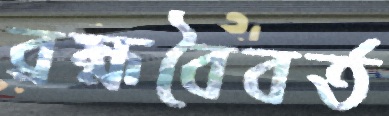
ব্রহ্মবৈবর্ত